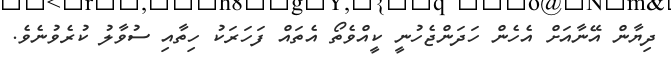
ދިޔާން އޭނާއަށް އެހެން ހަދަންޖެހުނީ ކީއްވެތޯ އެތައް ފަހަރަކު ހިތާއި ސުވާލު ކުރެވުނެވެ.